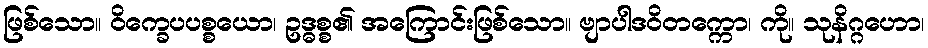
ဖြစ်သော။ ဝိက္ခေပပစ္စယော၊ ဥဒ္ဓစ္စ၏ အကြောင်းဖြစ်သော။ ဗျာပါဒဝိတက္ကော၊ ကို။ သုနိဂ္ဂဟော၊